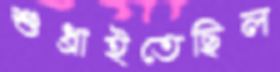
শুধ্‌রাইতেছিল